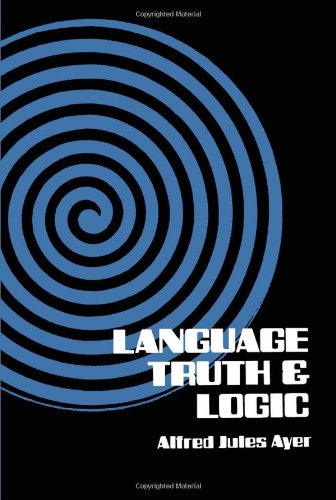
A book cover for Language, Truth and Logic (Dover Books on Western Philosophy); Alfred J. Ayer; Politics & Social Sciences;